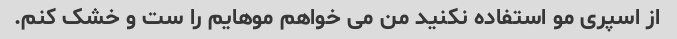
از اسپری مو استفاده نکنید من می خواهم موهایم را ست و خشک کنم.